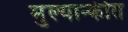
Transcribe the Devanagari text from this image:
मुल्यान्कीत